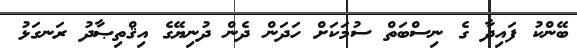
ބޭންކު ފައިދާ ގެ ނިސްބަތް ސުމަކަށް ހަދަން ދެން ދުނިޔޭގެ އިޤްތިޞާދު ރަނގަޅު